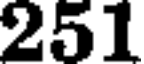
251